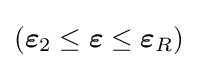
({\boldsymbol {\varepsilon }}_{2}\leq {\boldsymbol {\varepsilon }}\leq {\boldsymbol {\varepsilon }}_{R})